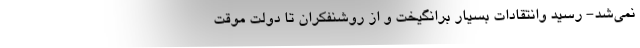
نمی‌شد- رسید وانتقادات بسیار برانگیخت و از روشنفکران تا دولت موقت